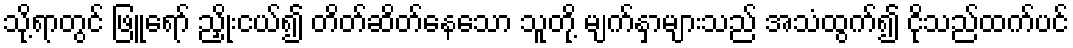
သို့ရာတွင် ဖြူရော် ညှိုးငယ်၍ တိတ်ဆိတ်နေသော သူတို့ မျက်နှာများသည် အသံထွက်၍ ငိုသည်ထက်ပင်